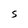
Character: S